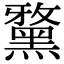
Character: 𪑢